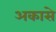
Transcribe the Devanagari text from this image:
अकासे